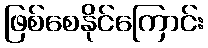
ဖြစ်စေနိုင်ကြောင်း